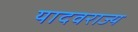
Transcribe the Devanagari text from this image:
यादवराज्य